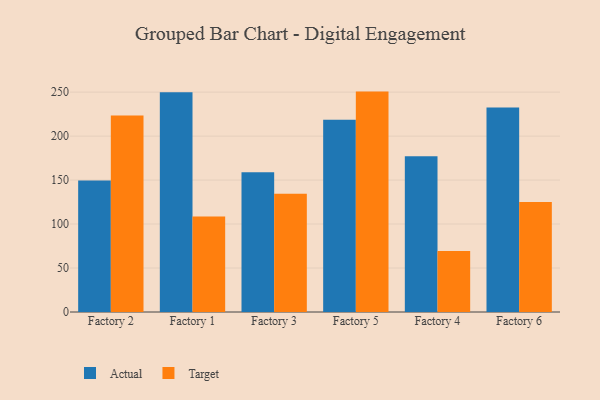
{"axis": {"x": "Factory", "y": "Temperature (°C)"}, "legend": ["Actual", "Target"], "data": [{"x": "Factory 2", "y": 149.4, "type": "Actual"}, {"x": "Factory 2", "y": 223.4, "type": "Target"}, {"x": "Factory 1", "y": 250.0, "type": "Actual"}, {"x": "Factory 1", "y": 108.5, "type": "Target"}, {"x": "Factory 3", "y": 159.0, "type": "Actual"}, {"x": "Factory 3", "y": 134.4, "type": "Target"}, {"x": "Factory 5", "y": 218.6, "type": "Actual"}, {"x": "Factory 5", "y": 250.6, "type": "Target"}, {"x": "Factory 4", "y": 177.2, "type": "Actual"}, {"x": "Factory 4", "y": 69.4, "type": "Target"}, {"x": "Factory 6", "y": 232.6, "type": "Actual"}, {"x": "Factory 6", "y": 125.0, "type": "Target"}]}